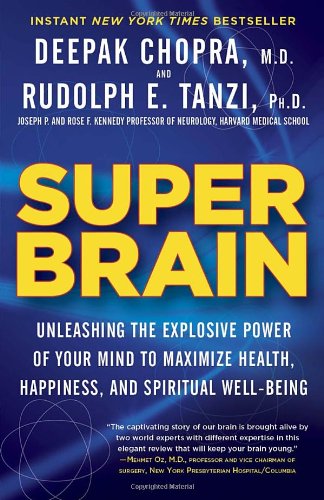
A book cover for Super Brain: Unleashing the Explosive Power of Your Mind to Maximize Health, Happiness, and Spiritual Well-Being; Rudolph E. Tanzi Ph.D.; Science & Math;